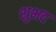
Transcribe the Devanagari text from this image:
शुभद